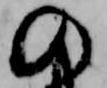
の